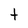
Character: t